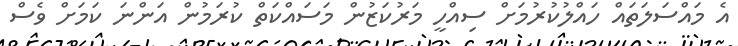
އެ މައްސަލަތައް ހައްލުކުރުމަށް ސިއްހީ މަރުކަޒުން މަސައްކަތް ކުރަމުން އަންނަ ކަމަށް ވެސް